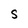
Character: S